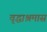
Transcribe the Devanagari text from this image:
वृद्धाश्रमास